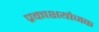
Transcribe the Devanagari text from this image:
प्रकाशयोजक